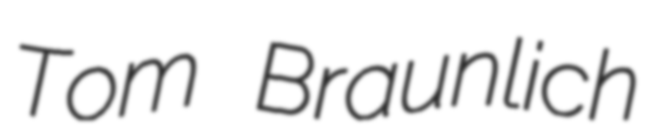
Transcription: Tom Braunlich